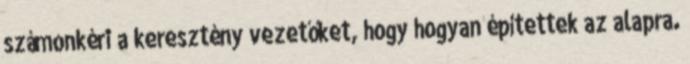
számonkéri a keresztény vezetőket, hogy hogyan építettek az alapra.